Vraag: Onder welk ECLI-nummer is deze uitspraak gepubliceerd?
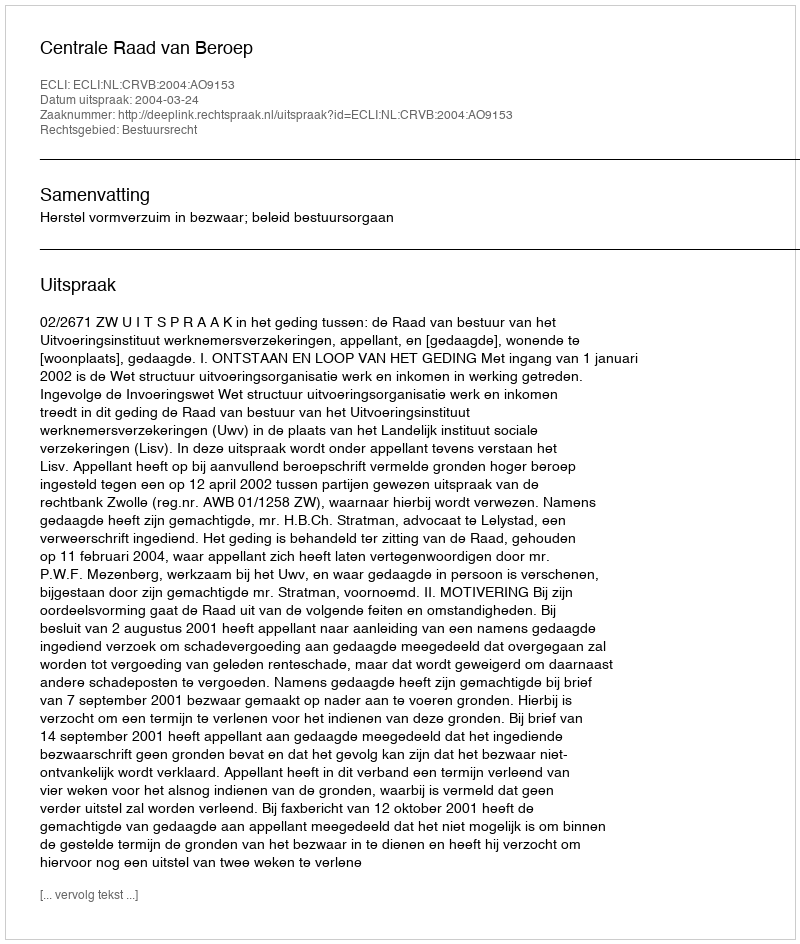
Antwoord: ECLI:NL:CRVB:2004:AO9153